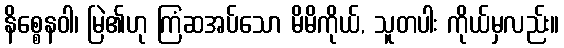
နိစ္စေနဝါ၊ မြဲ၏ဟု ကြံဆအပ်သော မိမိကိုယ်, သူတပါး ကိုယ်မှလည်း။